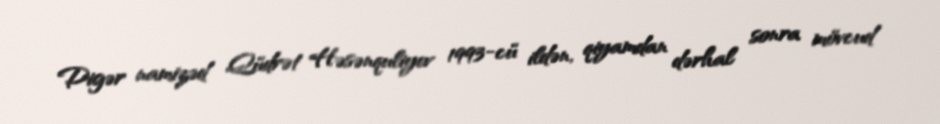
Digər namizəd Qüdrət Həsənquliyev 1993-cü ildən, qiyamdan dərhal sonra mövcud